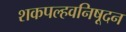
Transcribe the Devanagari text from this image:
शकपल्हवनिषूदन